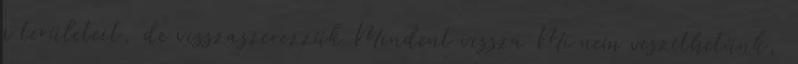
a területeit, de visszaszerezzük Mindent vissza Mi nem veszíthetünk,